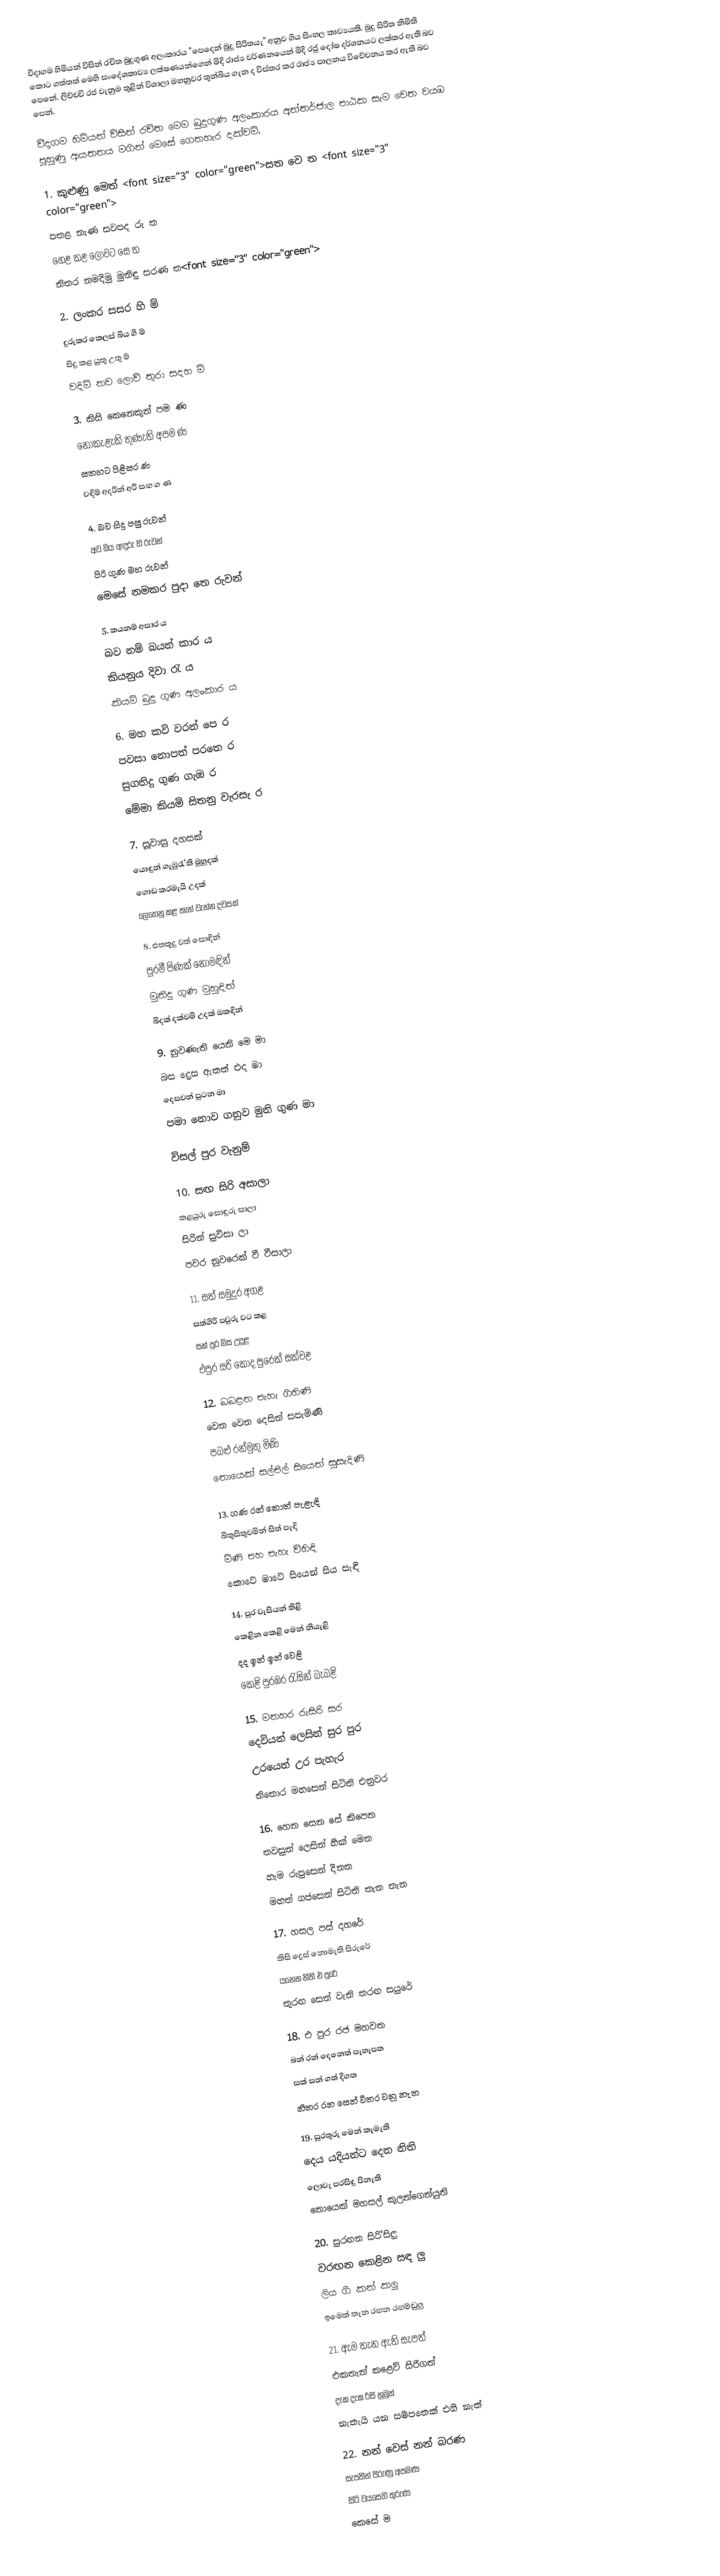
වීදාගම හිමියන් විසින් රචිත බුදුගුණ අලංකාරය "පෙදෙන් බුදු සිරිතයැ" අනුව ගිය සිංහල කාව්‍යයකි. බුදු සිරිත නිමිති කොට ගත්තත් මෙහි සංදේශකාව්‍ය ලක්ෂණයන්ගෙන් මිදි රාජ්‍ය වර්ණනයෙන් මිදි රජු දෝෂ දර්ශනයට ලක්කර ඇති බව පෙනේ. ලිච්චවි රජ වැනුම තුළින් විශාලා මහනුවර තුන්බිය ගැන ද විස්තර කර රාජ්‍ය පාලනය විවේචනය කර ඇති බව පෙන්.

වීදාගම හිමියන් විසින් රචිත මෙම බුදුගුණ අලංකාරය අන්තර්ජාල පාඨක සැම වෙත වයඹ පුහුණු ආයතනය මගින් මෙසේ ගෙනහැර දක්වමි.

1. කු‍‍‍ළුණු මෙත් <font size="3" color="green">සත වෙ ත <font size="3" color="green">
පතළ නැණ සවපද රු ත
හෙළ කළ ලොවට සෙ ත
නිතර නමදිමු මුනිඳු සරණ ත<font size="3" color="green">

2. ලංකර සසර හි ම්
දුරුකර කෙලස් බිය ගි ම්
සිදු කළ යුතු උතු ම්
වදිම් නව ලොව් තුරා සදහ ම්

3. කිසි කෙනෙකුන් පම ණ
නොකැළැකි තුණැති අපම ණ
සතහට පිළිසර ණ
වඳිම් අදරින් අරී සඟ ග ණ

4. බව සිදු පසු රුවන්
අව බිය අඳුරු හි රුවන්
පිරි ගුණ මහ රුවන්
මෙසේ නමකර පුදා තෙ රුවන්

5. කයනම් අසාර ය
බව නම් බයන් කාර ය
කියනුය දිවා රැ ය
කියම් බුදු ගුණ අලංකාර ය

6. මහ කවි වරන් පෙ ර
පවසා නොපත් පරතෙ ර
සුගතිදු ගුණ ගැඔ ර
මේමා කියමි සිතනු වැරසැ ර

7. සූවාසු දහසක්
යොඳුන් ගැඹුරැ'ති මුහුදක්
ගොඩ කරමැයි උදක්
ලෙහෙනු කළ තැන් වැන්න දවසක්

8. එතකුදු වත් සොඳින්
පුරමී පිණක් නොමඳින්
මුනිදු ගුණ මුහුඳින්
බිදක් දක්වමි උදක් ඔකඳින්

9. නුවණැති යෙනි මෙ මා
බස ද්‍රෙස ඇතත් එද මා
දෙසවන් පුටන මා
පමා නොව ගනුව මුනි ගුණ මා

විසල් පුර වැනුම්

10. සඟ සිරි අසාලා
කළයුරු සොඳුරු සාලා
සිරින් සුවීසා ලා
පවර නුවරෙක් වී වීසාලා

11. සත් සමුදුර අගළ
සත්ගිරි පවුරු වට කළ
සක් පුර මිස උදුළ
එපුර සරි කොද පුරෙක් සක්වළ

12. බබළන පැහැ ගිහිණි
වෙන වෙන දෙසින් සපැමිණි
පබළු රන්මුතු මිණි
නොයෙක් සල්පිල් සියෙන් සුසැදිණි

13. ගණ රන් කොත් පැළැඳි
බිතුසිතුවමින් සිත් පැඳි
මිණි පහ පැහැ විහිඳි
කොවේ මාවේ සියෙන් සිය සැඳි

14. පුර වැසියන් තිළි
කෙළින කෙළි මෙන් නියැළි
දද ඉන් ඉන් වෙළි
කෙළි පුරඹර රැසින් බැබළි

15. මනහර රුසිරි සර
දෙවියන් ලෙසින් සුර පුර
උරයෙන් උර පැහැර
නිතොර මහසෙන් සිටිති එනුවර

16. හෙන සෙන සේ කිපෙන
තවසුන් ලෙසින් හික් මෙන
හැම රුපුසෙන් දිනන
මහත් ගජසෙන් සිටිති තැන තැන

17. හසල පස් දහරේ
කිසි ද්‍රෙස් නොමැති සිරුරේ
යනෙන නිති එ පුරේ
තුරඟ සෙන් වැනි තරඟ සයුරේ

18. එ පුර රජ මහවත
බන් රන් දෙනෙත් පැහැපත
සක් සන් ගත් දිගත
නිතර රන සෙන් විතර වනු නැත

19. සුරතුරු මෙන් කැමැති
දෙය යදියන්ට දෙන නිති
ලොවැ පරසිඳු පිනැති
නොයෙක් මහසල් කුලන්ගෙන්යුති

20. සුරඟන සිරි'සිලු
වරඟන කෙළින සඳ ලු
ලිය ගී කන් කලු
ඉමෙක් තැන රඟන රඟම්ඬුලු

21. ඇම තැන ඇති සැපත්
එකතැන් කළෙව් සිරිගත්
දැක දැක රිසි නුමුත්
නැතැයි යන සම්පතෙක් එහි නැත්

22. නන් වෙස් නන් බරණ
සැපතින් පිරුණු අපමණ
සිටි වයසෙහි තුරුණ
කෙසේ ම